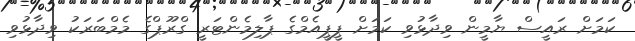
ކަމަށް ރައީސް ޔާމީން ވިދާޅުވި ކަމަށް ޕީޕީއެމްގެ ޕާލިމެންޓަރީ ގްރޫޕްގެ މެމްބަރަކު ވިދާޅުވި